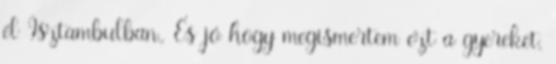
él Isztambulban., És jó hogy megismertem ezt a gyereket,